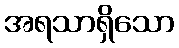
အရသာရှိသော